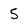
Character: 5